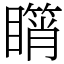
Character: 𥋘